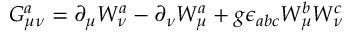
G _ { \mu \nu } ^ { a } = \partial _ { \mu } W _ { \nu } ^ { a } - \partial _ { \nu } W _ { \mu } ^ { a } + g \epsilon _ { a b c } W _ { \mu } ^ { b } W _ { \nu } ^ { c }